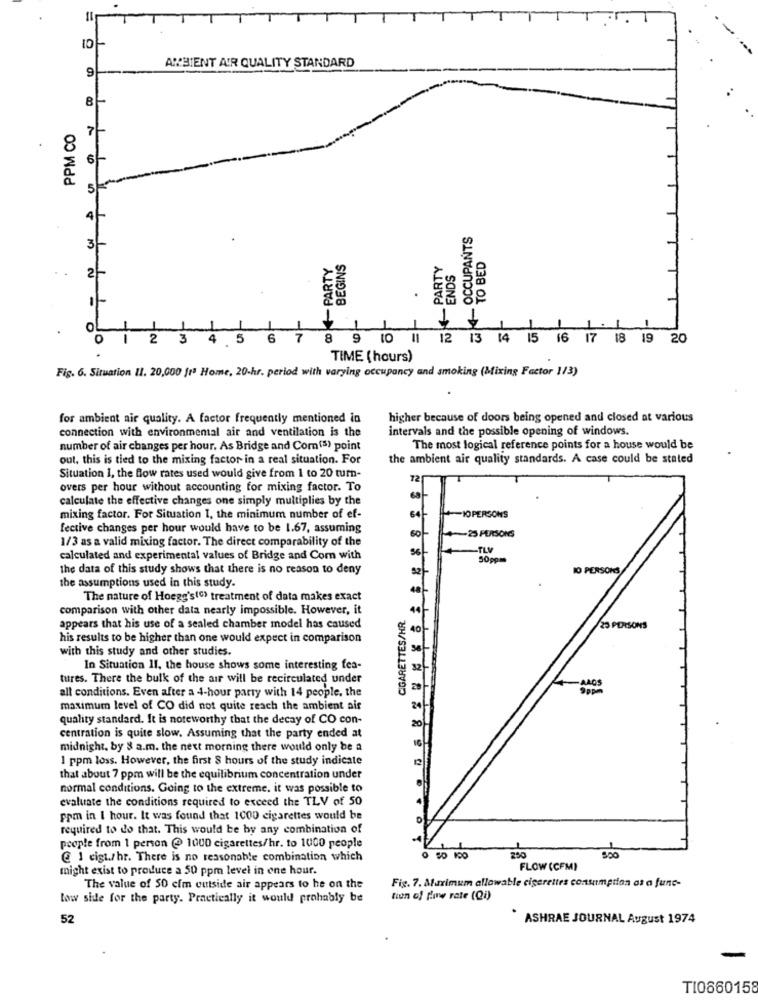
9
AMBIENT AIR QUALITY STANDARD
B
PPM CO
4
₹4OCCUPANTS
3
BEGINS
PARTY
TO BED
ENDS
2
.
-
O
2
3
5
6
8 9 10 || 12 13 14 15 16 17 18 19 20
TIME ( hours)
Fig. 6. Situation II. 20,000 ft" Home, 20-hr. period with varying occupancy and smoking (Mixing Factor 1/3)
for ambient air quality. A factor frequently mentioned in
higher because of doors being opened and closed at various
connection with environmental air and ventilation is the
intervals and the possible opening of windows.
number of air changes per hour. As Bridge and Com(s) point
The most logical reference points for a house would be
out, this is tied to the mixing factor in a real situation. For
the ambient air quality standards. A case could be stated
Situation 1, the Bow rates used would give from 1 to 20 turn-
12
overs per hour without accounting for mixing factor. To
calculate the effective changes one simply multiplies by the
mixing factor. For Situation 1, the minimum number of ef-
IO PERSONS
fective changes per hour would have to be 1.67, assuming
1/3 as a valid mixing factor. The direct comparability of the
60
4-25 PERSONS
-FLV
calculated and experimental values of Bridge and Com with
50gpm
the data of this study shows that there is no reason to deny
10 PERSONS
the assumptions used in this study.
The nature of Hoegg's(c) treatment of data makes exact
comparison with other data nearly impossible. However, it
CIGARETTES/HR.
appears that his use of a sealed chamber model has caused
23 PERSONS
his results to be higher than one would expect in comparison
with this study and other studies.
In Situation 11, the house shows some interesting fea-
tures. There the bulk of the air will be recirculated under
all conditions. Even after a 4-hour party with 14 people. the
ANOS
maximum level of CO did not quite reach the ambient air
quality standard. It is noteworthy that the decay of CO con-
centration is quite slow. Assuming that the party ended at
midnight, by 8 a.m. the next morning there would only be a
1 ppm loss. However, the first 8 hours of the study indicate
that about 7 ppm will be the equilibrium concentration under
normal conditions. Going to the extreme. it was possible to
evaluate the conditions required to exceed the TLV of 50
ppm in I hour. It was found that 1000 cigarettes would be
required to do that. This would be by any combination of
people from 1 person @ 1000 cigarettes/hr. to 1000 people
@ 1 cigt./hr. There is no reasonable combination which
250
might exist to produce a 50 ppm level in one hour.
FLOW (CFM)
The value of 50 cim outside air appears to he on the
Fig. 7. Maximum allowable cigarettes consumption at a func-
low side for the party. Practically it would probably be
tion of fame rate (Qi)
52
* ASHRAE JOURNAL August 1974
T10660158